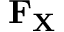
\mathbf { F } _ { \mathbf { X } }